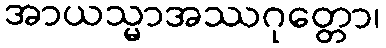
အာယသ္မာအဿဂုတ္တော၊